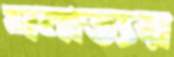
ঘনাত্যয়